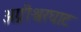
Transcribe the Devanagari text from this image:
अग्नीश्वरघाट